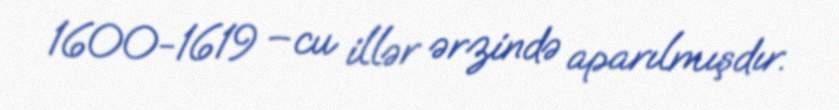
1600-1619 –cu illər ərzində aparılmışdır.